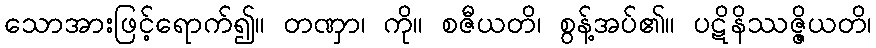
သောအားဖြင့်ရောက်၍။ တဏှာ၊ ကို။ စဇီယတိ၊ စွန့်အပ်၏။ ပဋိနိဿဇ္ဇိယတိ၊